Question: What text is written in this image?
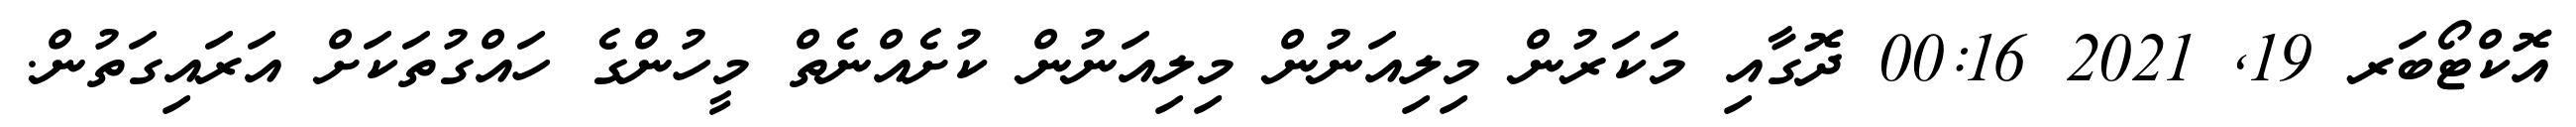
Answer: އޮކްޓޯބަރ 19, 2021 00:16 ދޮގާއި މަކަރުން މިލިއަނުން މިލިއަނުން ކުށެއްނެތް މީހުންގެ ހައްގުތަކަށް އަރައިގަތުން.